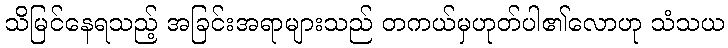
သိမြင်နေရသည့် အခြင်းအရာများသည် တကယ်မှဟုတ်ပါ၏လောဟု သံသယ